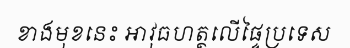
ខាងមុខនេះ អាវុធហត្ថលើផ្ទៃប្រទេស